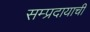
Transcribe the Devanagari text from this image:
सम्प्रदायाची